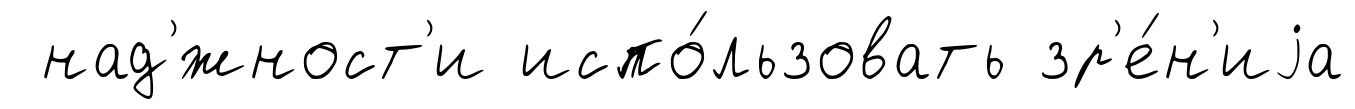
над'́жност'и испо́льзовать зр'е́н'иjа